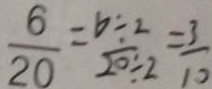
\frac { 6 } { 2 0 } = \frac { 6 \div 2 } { 2 0 \div 2 } = \frac { 3 } { 1 0 }